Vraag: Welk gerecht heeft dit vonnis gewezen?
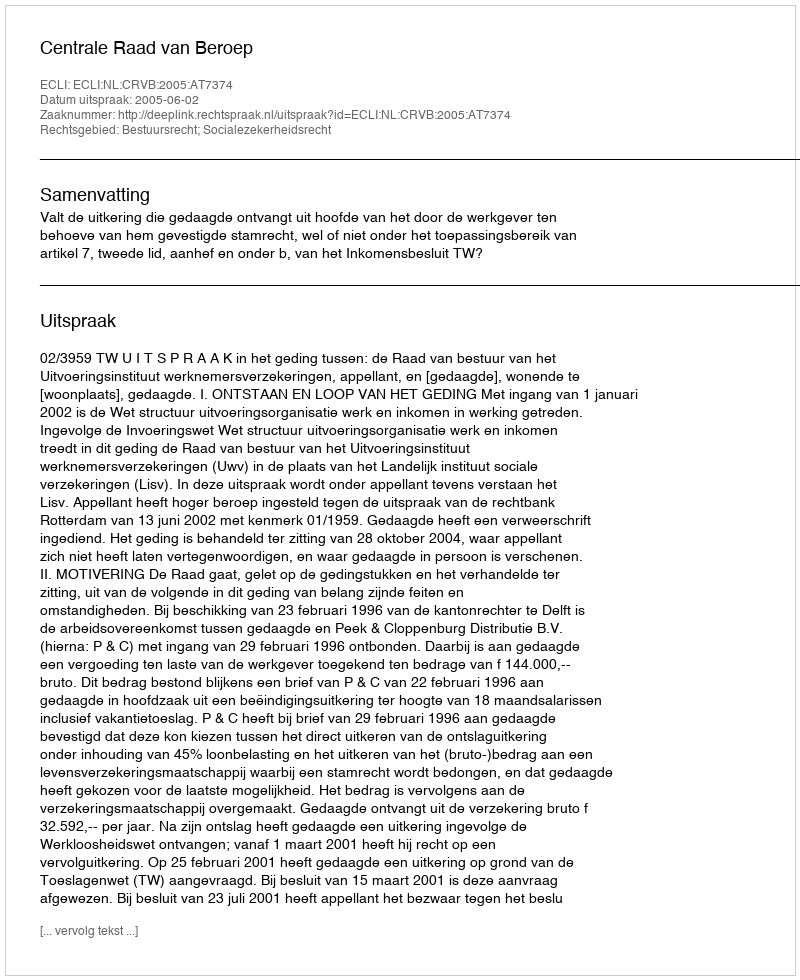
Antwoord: Centrale Raad van Beroep